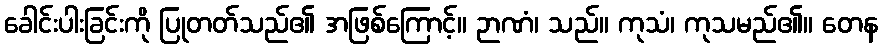
ခေါင်းပါးခြင်းကို ပြုတတ်သည်၏ အဖြစ်ကြောင့်။ ဉာဏံ၊ သည်။ ကုသံ၊ ကုသမည်၏။ တေန